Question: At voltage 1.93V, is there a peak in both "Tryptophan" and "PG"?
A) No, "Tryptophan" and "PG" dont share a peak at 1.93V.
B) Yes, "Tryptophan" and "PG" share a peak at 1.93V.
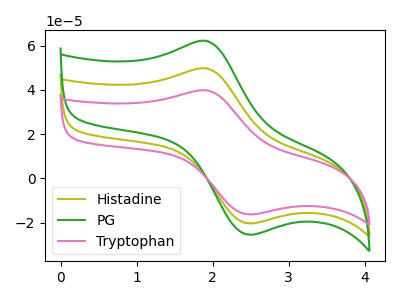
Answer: <think>The olive curve "Histadine" has an anodic peak at (1.95V, 49.60uA) and a cathodic peak at (2.50V, -20.35uA). The green curve "PG" has an anodic peak at (1.95V, 99.20uA) and a cathodic peak at (2.50V, -40.75uA). The pink curve "Tryptophan" has an anodic peak at (1.95V, 39.70uA) and a cathodic peak at (2.50V, -16.30uA).</think>
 <answer>B) Yes, "Tryptophan" and "PG" share a peak at 1.93V.</answer>
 <eval>B</eval>